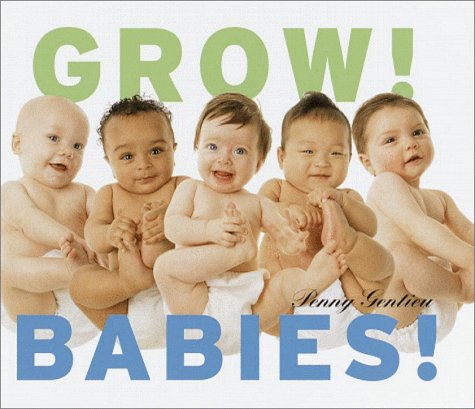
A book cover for Grow! Babies!; Penny Gentieu; Teen & Young Adult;